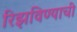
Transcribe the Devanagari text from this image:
रिझविण्याची